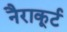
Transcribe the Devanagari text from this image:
नैराकूर्ट